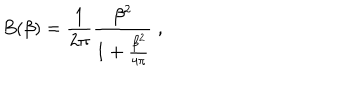
B ( \beta ) = \frac 1 { 2 \pi } \frac { \beta ^ { 2 } } { 1 + \frac { \beta ^ { 2 } } { 4 \pi } } \; ,